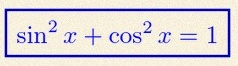
\sin^2x+\cos^2x=1